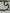
Text: 9